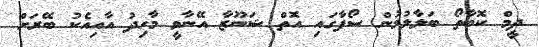
ދީމް ކޮބާތޯ ބަލާލުމުން ސޯފާގައި އޮތް ޝަނޫޒާ އޭނާވީ މާހިދު އާއިއެކު ބޭރަށް